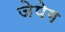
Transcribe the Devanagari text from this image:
जेपेग